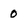
Character: 0